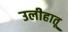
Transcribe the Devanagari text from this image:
उलीहातू